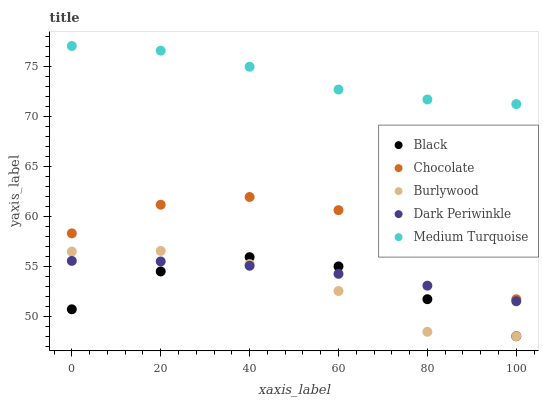
| xaxis_label | Black | Chocolate | Burlywood | Dark Periwinkle | Medium Turquoise |
 | --- | --- | --- | --- | --- | --- |
 | 0 | 50.7 | 58.3 | 56.5 | 55.5 | 77 |
 | 20 | 54.5 | 61.1 | 56.5 | 55.5 | 76.5 |
 | 40 | 55.9 | 61.9 | 55.2 | 55 | 74.9 |
 | 60 | 55 | 60.6 | 52.5 | 54.2 | 72.7 |
 | 80 | 51.7 | 57.2 | 48.4 | 53.1 | 71.7 |
 | 100 | 48 | 51.7 | 48 | 51.5 | 71.2 |